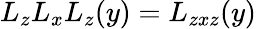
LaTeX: L_{z}L_{x}L_{z}(y)=L_{zxz}(y)